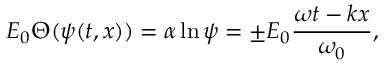
E _ { 0 } \Theta ( \psi ( t , x ) ) = \alpha \ln \psi = \pm E _ { 0 } \frac { \omega t - k x } { \omega _ { 0 } } ,